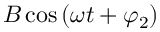
B \cos { \left( \omega t + \varphi _ { 2 } \right) }